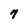
Character: 7